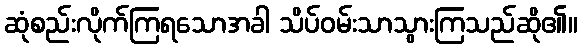
ဆုံစည်းလိုက်ကြရသောအခါ သိပ်ဝမ်းသာသွားကြသည်ဆို၏။